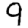
Digit: 9